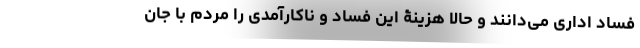
فساد اداری می‌دانند و حالا هزینۀ این فساد و ناکارآمدی را مردم با جان